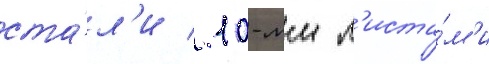
ста́л'и / 10-мм л'иста́м'и